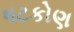
ષટકોણ